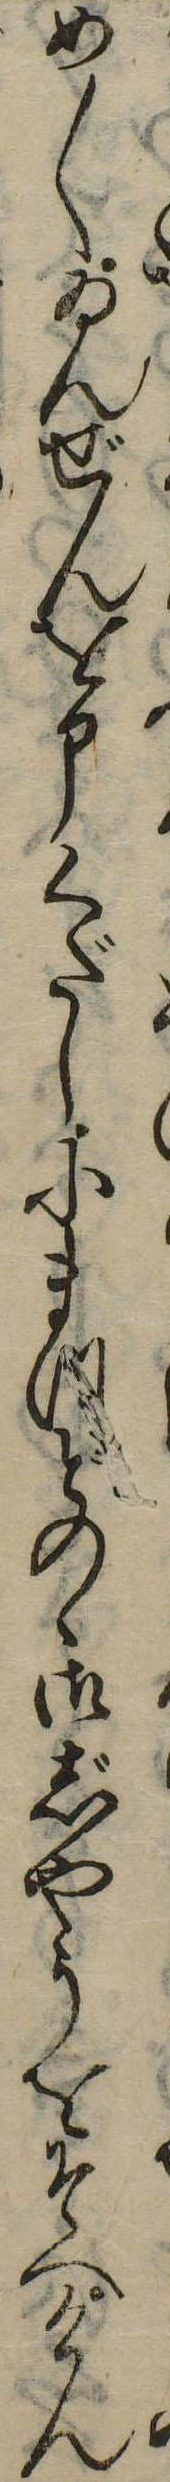
め〱ゐんぜんを申くだし小まつどのゝ御じやうをそへけん